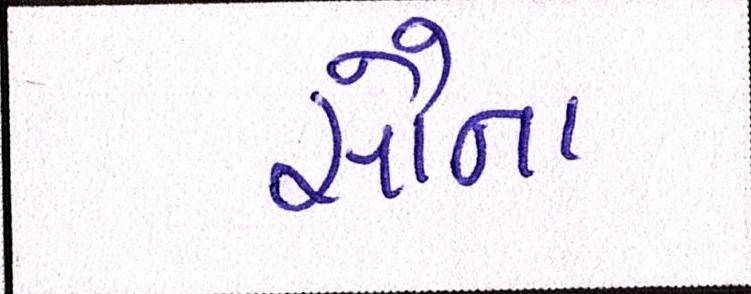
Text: સૌના